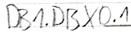
Text: DB1.DBX0.1